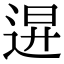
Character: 𨓙